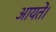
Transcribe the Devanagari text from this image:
आयतें।